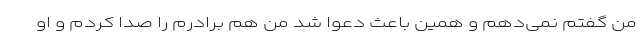
من گفتم نمی‌دهم و همین باعث دعوا شد من هم برادرم را صدا کردم و او